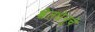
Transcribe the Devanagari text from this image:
श्वेतधेनूचे